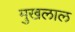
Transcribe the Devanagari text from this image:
मुखलाल